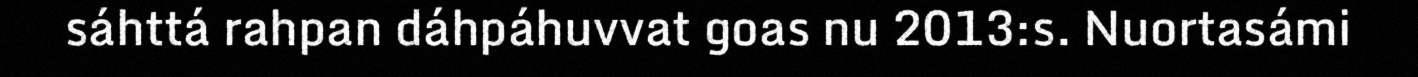
sáhttá rahpan dáhpáhuvvat goas nu 2013:s. Nuortasámi